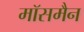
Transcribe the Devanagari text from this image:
मॉसमैन